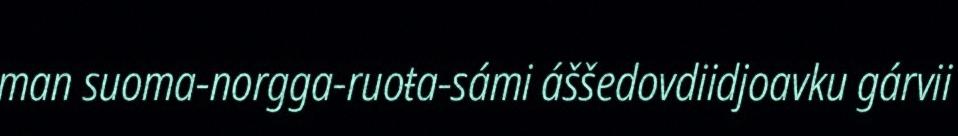
man suoma-norgga-ruoŧa-sámi áššedovdiidjoavku gárvii